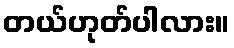
တယ်ဟုတ်ပါလား။